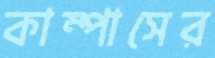
কাম্পাসের